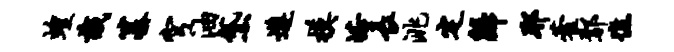
蝗识纂穹油黛遵模峪长洮定归耶藿鄢憔